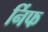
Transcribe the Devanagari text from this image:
र्निफ